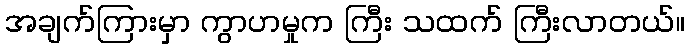
အချက်ကြားမှာ ကွာဟမှုက ကြီး သထက် ကြီးလာတယ်။